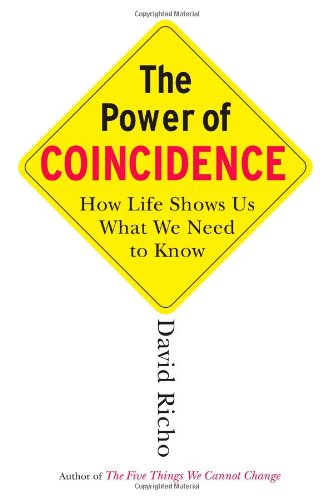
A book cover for The Power of Coincidence: How Life Shows Us What We Need to Know; David Richo; Politics & Social Sciences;